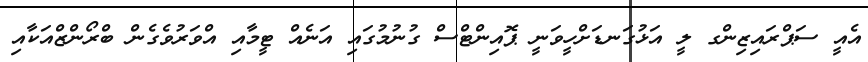
އެއީ ސަޕްރައިޒިންގ ލީ އަޅުގަނޑަށްހީވަނީ ޕޮއިންޓްސް ގުނުމުގައި އަނެއް ޓީމާއި އްވަރުވެގެން ބްރޯންޒްއަކާއި